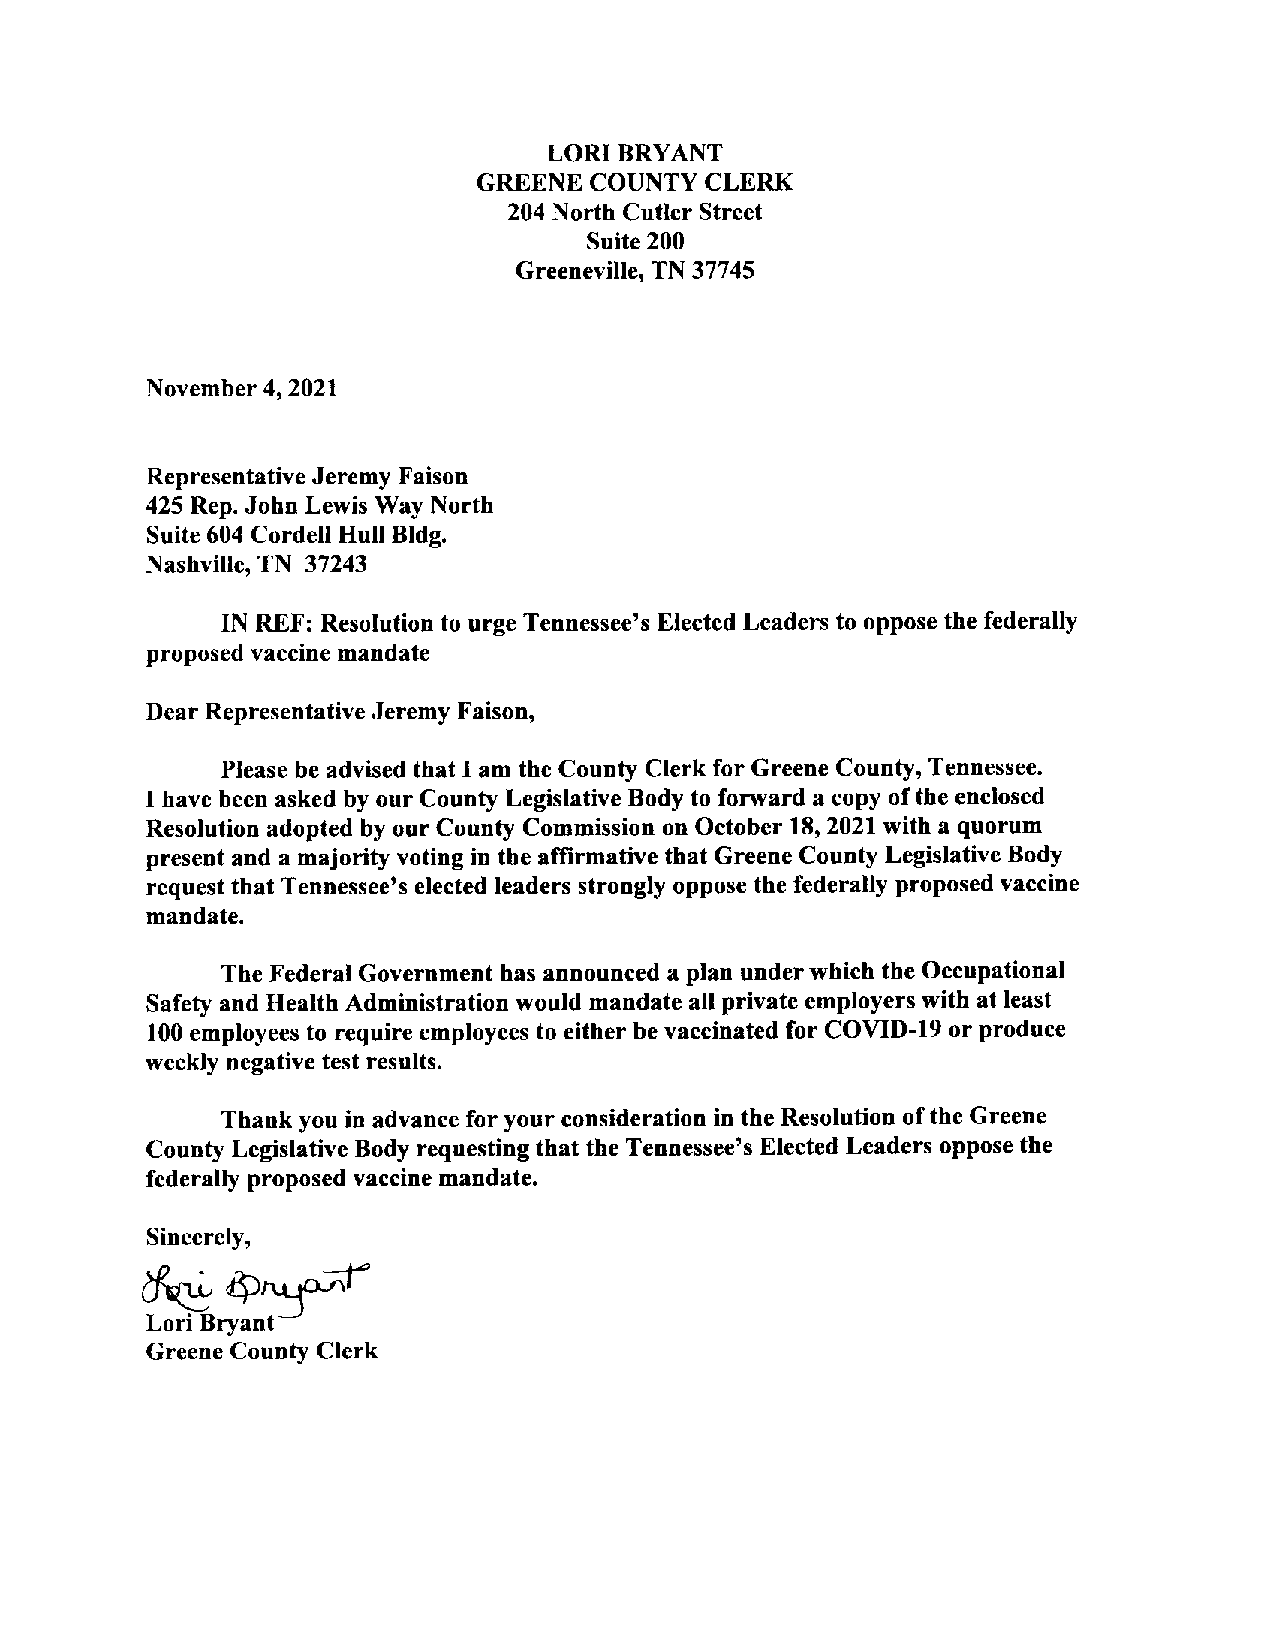
LORI BRYANT
 GREENE COUNTY  CLERK
 204 North CutlerStreet
 Suite 200
 Greeneville, TN 37745
 November 4, 2021
 Representative Jeremy Faison
 425 Rep. JohnLewis Way North
 Suite 604 Cordell Hull Bldg.
 Nashville, TN 37243
 IN REF: Resolution to urge Tennessee’s Elected Leaders to oppose the federally
 proposed vaccine mandate
 Dear Representative Jeremy Faison,
 Please be advised that Iam the County Clerk forGreene County, Tennessee.
 I have been asked byour County Legislative Body to forward a copy ofthe enclosed
 Resolution adopted by our County Commission onOctober 18, 2021 with a quorum
 present and a majorityvoting in theaffirmative thatGreene County Legislative Body
 request that Tennessee’s elected leaders strongly opposethe federally proposed vaccine
 mandate.
 The Federal Government has announced a plan underwhich theOccupational
 Safety and HealthAdministration would mandate all private employers with at least
 100 employees to requireemployees to either bevaccinated forCOVID-19 orproduce
 weekly negative test results.
 Thank you in advance foryour consideration in the Resolution ofthe Greene
 County Legislative Body requesting that the Tennessee’s Elected Leaders oppose the
 federally proposed vaccine mandate.
 Sincerely,
 Lori Bryant
 Greene County Clerk